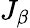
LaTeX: J_{\beta}